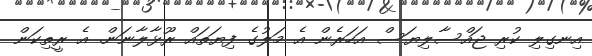
އިނގިލި ކުރި ޖައްސާލިޔަސް އަހަރެން އެ މަލުގެ ފިޔަތައް ރޫޅާލާނަން. އެ ރީތިކަން